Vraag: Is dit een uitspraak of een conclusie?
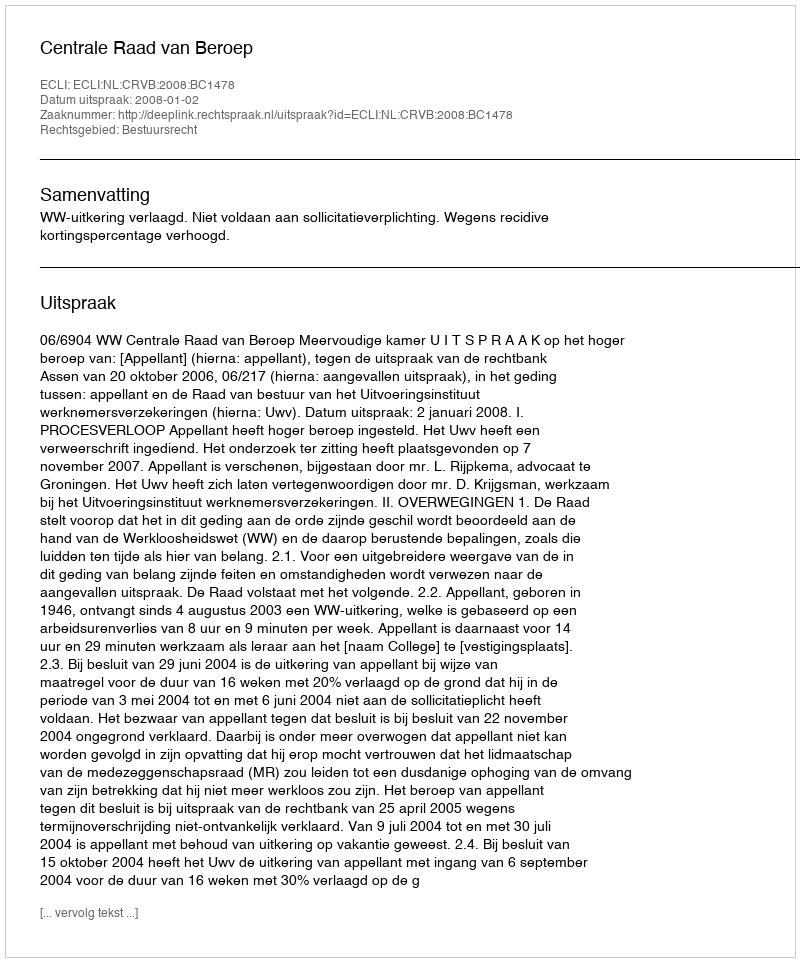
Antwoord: Uitspraak